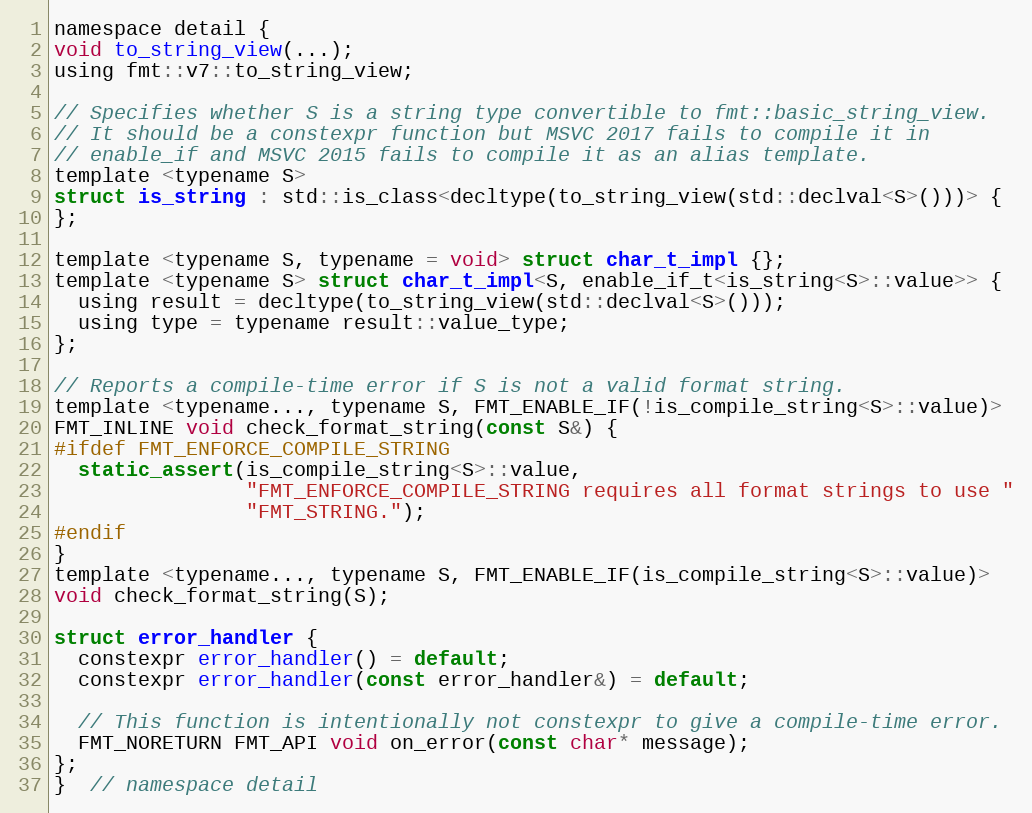
Language: C
namespace detail {
void to_string_view(...);
using fmt::v7::to_string_view;

// Specifies whether S is a string type convertible to fmt::basic_string_view.
// It should be a constexpr function but MSVC 2017 fails to compile it in
// enable_if and MSVC 2015 fails to compile it as an alias template.
template <typename S>
struct is_string : std::is_class<decltype(to_string_view(std::declval<S>()))> {
};

template <typename S, typename = void> struct char_t_impl {};
template <typename S> struct char_t_impl<S, enable_if_t<is_string<S>::value>> {
  using result = decltype(to_string_view(std::declval<S>()));
  using type = typename result::value_type;
};

// Reports a compile-time error if S is not a valid format string.
template <typename..., typename S, FMT_ENABLE_IF(!is_compile_string<S>::value)>
FMT_INLINE void check_format_string(const S&) {
#ifdef FMT_ENFORCE_COMPILE_STRING
  static_assert(is_compile_string<S>::value,
                "FMT_ENFORCE_COMPILE_STRING requires all format strings to use "
                "FMT_STRING.");
#endif
}
template <typename..., typename S, FMT_ENABLE_IF(is_compile_string<S>::value)>
void check_format_string(S);

struct error_handler {
  constexpr error_handler() = default;
  constexpr error_handler(const error_handler&) = default;

  // This function is intentionally not constexpr to give a compile-time error.
  FMT_NORETURN FMT_API void on_error(const char* message);
};
}  // namespace detail